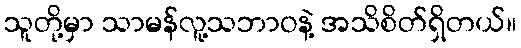
သူတို့မှာ သာမန်လူ့သဘာဝနဲ့ အသိစိတ်ရှိတယ်။